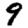
Digit: 9